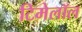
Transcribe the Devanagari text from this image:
टिमेलॉल